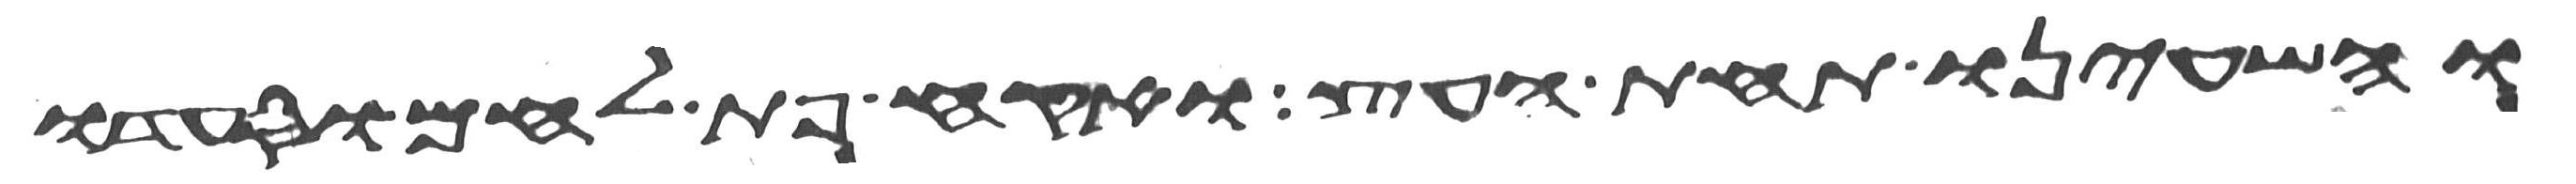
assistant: והשעינו תחת העץ ואקח פת לחם וסעדו